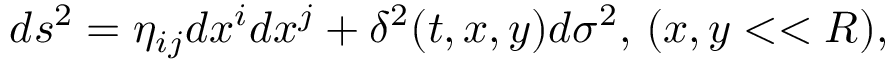
d s ^ { 2 } = \eta _ { i j } d x ^ { i } d x ^ { j } + \delta ^ { 2 } ( t , x , y ) d \sigma ^ { 2 } , \, ( x , y < < R ) ,